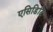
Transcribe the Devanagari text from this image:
एसिडिटि